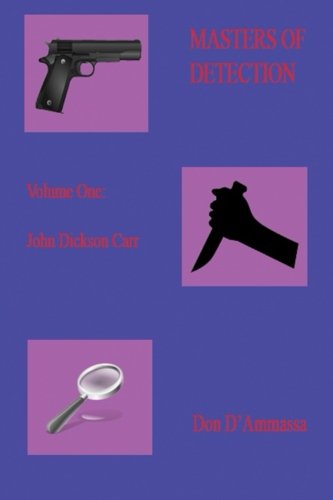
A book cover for Masters of Detection: Volume One: John Dickson Carr (Volume 1); Don D'Ammassa; Mystery, Thriller & Suspense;